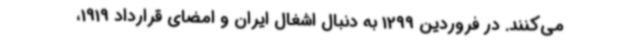
می‌کنند. در فروردین 1299 به دنبال اشغال ایران و امضای قرارداد 1919،